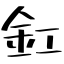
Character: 釭